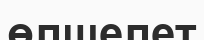
өлшелет